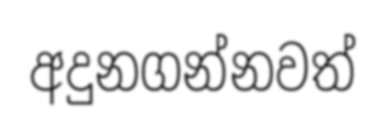
අදුනගන්නවත්